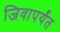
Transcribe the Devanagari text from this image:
जिवापर्यंत